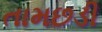
તામછડી